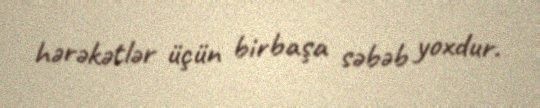
hərəkətlər üçün birbaşa səbəb yoxdur.